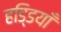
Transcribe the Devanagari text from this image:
हडि्डयाँ